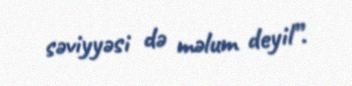
səviyyəsi də məlum deyil”.